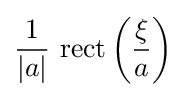
{\frac {1}{|a|}}\,\operatorname {rect} \left({\frac {\xi }{a}}\right)